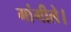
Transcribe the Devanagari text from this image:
मांगीले।